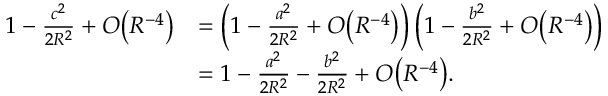
{ \begin{array} { r l } { 1 - { \frac { c ^ { 2 } } { 2 R ^ { 2 } } } + O { \left( R ^ { - 4 } \right) } } & { = \left( 1 - { \frac { a ^ { 2 } } { 2 R ^ { 2 } } } + O { \left( R ^ { - 4 } \right) } \right) \left( 1 - { \frac { b ^ { 2 } } { 2 R ^ { 2 } } } + O { \left( R ^ { - 4 } \right) } \right) } \\ & { = 1 - { \frac { a ^ { 2 } } { 2 R ^ { 2 } } } - { \frac { b ^ { 2 } } { 2 R ^ { 2 } } } + O { \left( R ^ { - 4 } \right) } . } \end{array} }